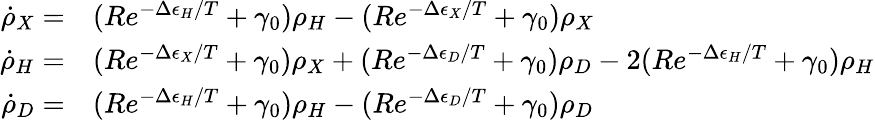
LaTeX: \begin{array}{rl}{\dot{\rho}_{X}=}&{(Re^{-\Delta\epsilon_{H}/T}+\gamma_{0})\rho_{H}-(Re^{-\Delta\epsilon_{X}/T}+\gamma_{0})\rho_{X}}\\ {\dot{\rho}_{H}=}&{(Re^{-\Delta\epsilon_{X}/T}+\gamma_{0})\rho_{X}+(Re^{-\Delta\epsilon_{D}/T}+\gamma_{0})\rho_{D}-2(Re^{-\Delta\epsilon_{H}/T}+\gamma_{0})\rho_{H}}\\ {\dot{\rho}_{D}=}&{(Re^{-\Delta\epsilon_{H}/T}+\gamma_{0})\rho_{H}-(Re^{-\Delta\epsilon_{D}/T}+\gamma_{0})\rho_{D}}\end{array}